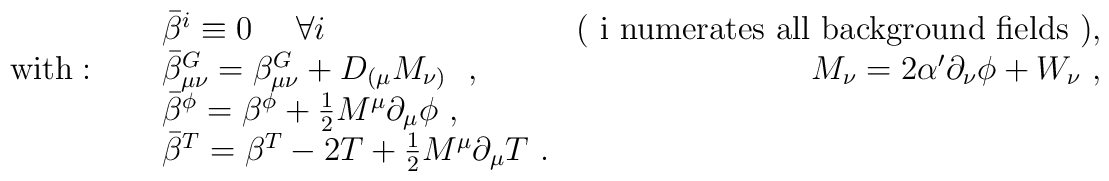
\begin{array}{llr} & \bar{\beta}^i \equiv 0 \ \ \ \ \forall i\ \  &\mbox{( i numerates all                                    background fields )} , \\\mbox{with}:\ \ \ \ & \bar{\beta}^{G}_{\mu\nu} =                  \beta^{G}_{\mu\nu} + D_{(\mu}M_{\nu)}             \ \ ,\ \ & M_{\nu} = 2\alpha' \partial_{\nu} \phi + W_{\nu}\ ,\\    &  \bar{\beta}^{\phi} = \beta^{\phi} +                          \frac{1}{2} M^{\mu}\partial_{\mu}\phi\ , &\\    &  \bar{\beta}^T = \beta^T - 2T + \frac{1}{2} M^{\mu}\partial_{\mu}T \ . & \end{array}